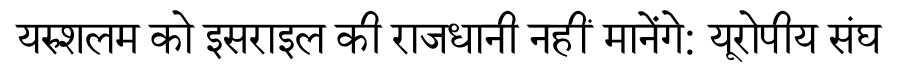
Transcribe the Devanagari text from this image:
यरुशलम को इसराइल की राजधानी नहीं मानेंगे: यूरोपीय संघ